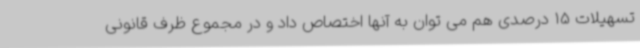
تسهیلات 15 درصدی هم می توان به آنها اختصاص داد و در مجموع ظرف قانونی